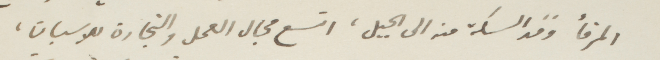
المرفأ ومد السكّة منه الى الجبل، اتسع مجال العمل والتجارة للاسبان،